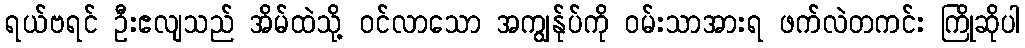
ရယ်ဗရင် ဦးဧလျသည် အိမ်ထဲသို့ ဝင်လာသော အကျွန်ုပ်ကို ဝမ်းသာအားရ ဖက်လဲတကင်း ကြိုဆိုပါ